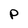
Character: P